Medical and sanitary report of the native army of Bengal for the year
Year: 1876
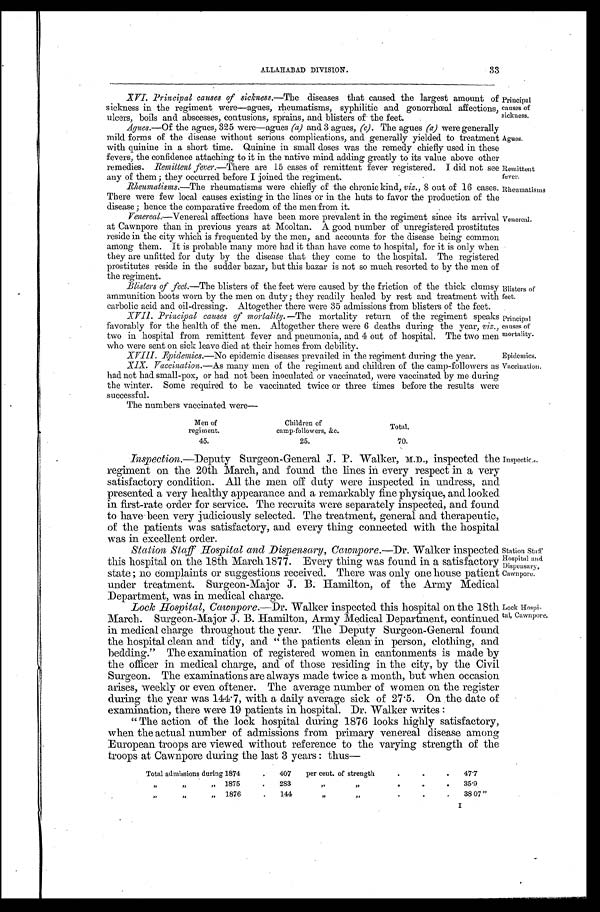
Remittent
fever.
Rheumatisms
Blisters of
feet.
Principal
causes of
mortality.
ALLAHABAD DIVISION.
33
XVI. Principal causes of sickness.— The diseases that caused the largest amount of
sickness in the regiment were—agues, rheumatisms, syphilitic and gonorrhœal affections,
ulcers, boils and abscesses, contusions, sprains, and blisters of the feet.
Principal
causes of
sickness.
Agues.—Of the agues, 325 were—agues (a) and 3 agues, (c). The agues (a) were generally
mild forms of the disease without serious complications, and generally yielded to treatment Agues.
with quinine in a short time. Quinine in small doses was the remedy chiefly used in these
fevers, the confidence attaching to it in the native mind adding greatly to its value above other
remedies. Remittent fever.—There are 15 cases of remittent fever registered. I did not see
any of them ; they occurred before I joined the regiment.
Rheumatisms.—The rheumatisms were chiefly of the chronic kind, viz., 8 out of 16 cases.
There were few local causes existing in the lines or in the huts to favor the production of the
disease ; hence the comparative freedom of the men from it.
Venereal.—Venereal affections have been more prevalent in the regiment since its arrival
at Cawnpore than in previous years at Mooltan. A good number of unregistered prostitutes
reside in the city which is frequented by the men, and accounts for the disease being common
among them. It is probable many more had it than have come to hospital, for it is only when
they are unfitted for duty by the disease that they come to the hospital. The registered
prostitutes reside in the sudder bazar, but this bazar is not so much resorted to by the men of
the regiment.
Blisters of feet .—The blisters of the feet Were caused by the friction of the thick clumsy
ammunition boots worn by the men on duty ; they readily healed by rest and treatment with
carbolic acid and oil-dressing. Altogether there were 35 admissions from blisters of the feet.
XVII. Principal causes of mortality.—The mortality return of the regiment speaks
favorably for the health of the men. Altogether there were 6 deaths during the year, viz.,
two in hospital from remittent fever and pneumonia, and 4 out of hospital. The two men
who were
sent on sink leave died at their homes
from debility.
Venereal.
XVIII. Epidemics.—No epidemic diseases prevailed in the regiment during the year.
Epidemics.
XIX. Vaccination.—As many men of the regiment and children of the camp-followers as
had not had small-pox, or had not been inoculated or vaccinated, were vaccinated by me during
the winter. Some required to be vaccinated twice or three times before the results were
successful.
The numbers vaccinated were-
Men of
regiment.
45.
Children of
camp-followers, &c.
25.
Total,
70.
Vaccination.
Inspection.—Deputy Surgeon-General J. P. Walker, M.D., inspected the
regiment on the 20th March, and found the lines in every respect in a very
satisfactory condition. All the men off duty were inspected in undress, and
presented a very healthy appearance and a remarkably fine physique, and looked
in first-rate order for service. The recruits were separately inspected, and found
to have been very judiciously selected. The treatment, general and therapeutic,
of the patients was satisfactory, and every thing connected with the hospital
was in excellent order.
Station Staff Hospital and Dispensary, Cawnpore.—Dr. Walker inspected
this hospital on the 18th March 1877. Every thing was found in a satisfactory
state ; no complaints or suggestions received. There was only one house patient
under treatment. Surgeon-Major J. B. Hamilton, of the Army Medical
Department, was in medical charge.
Inspection.
Station
S t a f f H o s p i t a l a n d
Dispensary,
Cawnpore.
Lock Hospital, Cawnpore.—Dr. Walker inspected this hospital on the 18th
March. Surgeon-Major J. B. Hamilton, Army Medical Department, continued
in medical charge throughout the year. The Deputy Surgeon-General found
the hospital clean and tidy, and " the patients clean in person, clothing, and
bedding." The examination of registered women in cantonments is made by
the officer in medical charge, and of those residing in the city, by the Civil
Surgeon. The examinations are always made twice a mouth, but when occasion
arises, weekly or even oftener. The average number of women on the register
during the year was 144.7, with a daily average sick of 27.5. On the date of
examination, there were 19 patients in hospital. Dr. Walker writes :
" The action of the lock hospital during 1876 looks highly satisfactory,
when the actual number of admissions from primary venereal disease among
European troops are viewed without reference to the varying strength of the
troops at Cawnpore during the last 3 years : thus—
Total admissions during 1874
407
per cent. of strength
..
47.7
,,
,,
,,
1875
.
283
,,
,,
.
.
.
35.9
,,
,,,,
1876
.
144
,,
,,
o
e
.
38 07"
Lock Hospi-
tal, Cawnpore.